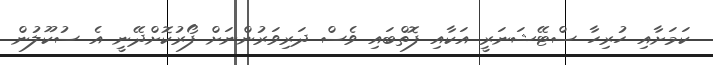
ކަމަށާއި ހުރިހާ ސްޓޭޝަނަރީ އަކާއި ފޮތްބައި ވެސް ދަރިވަރުންނަށް ފޯރުކޮށްދޭނީ އެ ސުކޫލުން